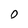
Character: 0